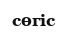
сөгіс